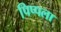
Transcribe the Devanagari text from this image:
पिप्पला